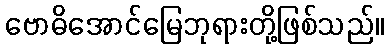
ဗောဓိအောင်မြေဘုရားတို့ဖြစ်သည်။